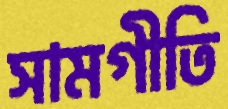
সামগীতি